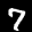
Label: 7